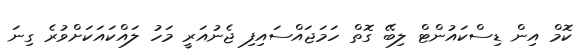
ކޮމް އިން ޑިސްކައުންޓް ލިބޭ ގޮތް ހަމަޖައްސައިފި ޖެނުއަރީ މަހު ލައްކައަކަށްވުރެ ގިނަ